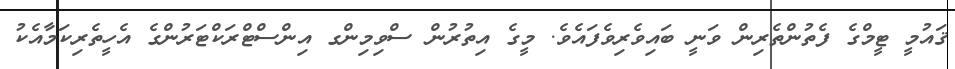
ޤައުމީ ޓީމްގެ ފެތުންތެރިން ވަނީ ބައިވެރިވެފައެވެ. މީގެ އިތުރުން ސްވިމިންގ އިންސްޓްރަކްޓަރުންގެ އެހީތެރިކަމާއެކު